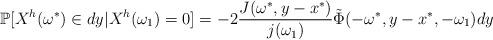
LaTeX: \begin{align*}\mathbb{P}[X^{h}(\omega^*)\in dy\vert X^h(\omega_1)=0]=-2\frac{J(\omega^*,y-x^*)}{j(\omega_1)}\tilde{\Phi}(-\omega^*,y-x^*,-\omega_1)dy\end{align*}